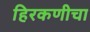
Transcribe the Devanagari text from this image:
हिरकणीचा